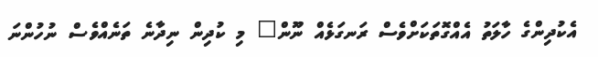
އެކުދިންގެ ހާލަތު އެއްގޮތަކަށްވެސް ރަނގަޅެއް ނޫން" މި ކުދިން ނިދާނެ ތަނެއްވެސް ނުހުންނަ